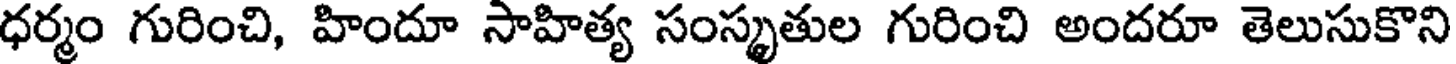
ధర్మం గురించి, హిందూ సాహిత్య సంస్కృతుల గురించి అందరూ తెలుసుకొని